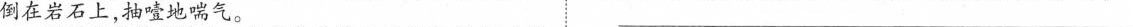
倒在岩石上，抽噎地喘气。___